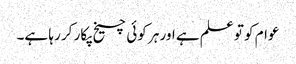
عوام کو تو علم ہے اور ہر کوئی چیخ پکار کر رہا ہے۔